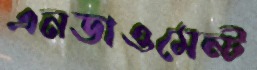
এনডাওমেন্ট